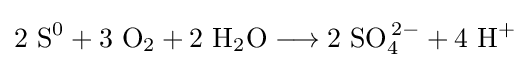
\mathrm {2\ S^{0}+3\ O_{2}+2\ H_{2}O\longrightarrow 2\ SO_{4}^{\,2-}+4\ H^{+}}